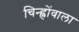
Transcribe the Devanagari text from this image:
चिन्ह्नोंवाला